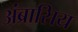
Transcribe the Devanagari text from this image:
अंब्रासिय